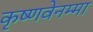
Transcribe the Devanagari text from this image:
कृष्णवेनम्मा